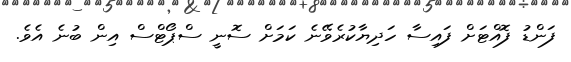
ފަންޑު ފޮއްޓަށް ފައިސާ ހަދިޔާކުރެވޭނެ ކަމަށް ސޮނީ ސްޕޯޓްސް އިން ބުނެ އެވެ.